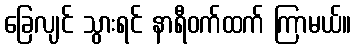
ခြေလျင် သွားရင် နာရီဝက်ထက် ကြာမယ်။